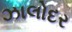
ઝાલોદર